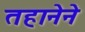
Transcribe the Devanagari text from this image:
तहानेने